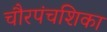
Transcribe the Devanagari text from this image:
चौरपंचशिका